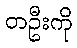
တဦးကို